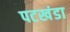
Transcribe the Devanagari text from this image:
पटखंडा